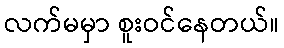
လက်မမှာ စူးဝင်နေတယ်။